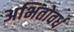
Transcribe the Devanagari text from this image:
अभितोवर्ध